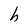
Character: h